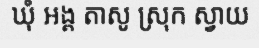
ឃុំ អង្គ តាសូ ស្រុក ស្វាយ